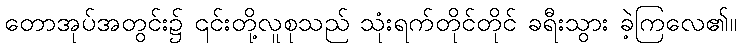
တောအုပ်အတွင်း၌ ၎င်းတို့လူစုသည် သုံးရက်တိုင်တိုင် ခရီးသွား ခဲ့ကြလေ၏။